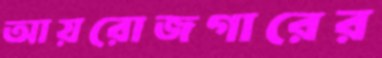
আয়রোজগারের